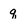
Character: q